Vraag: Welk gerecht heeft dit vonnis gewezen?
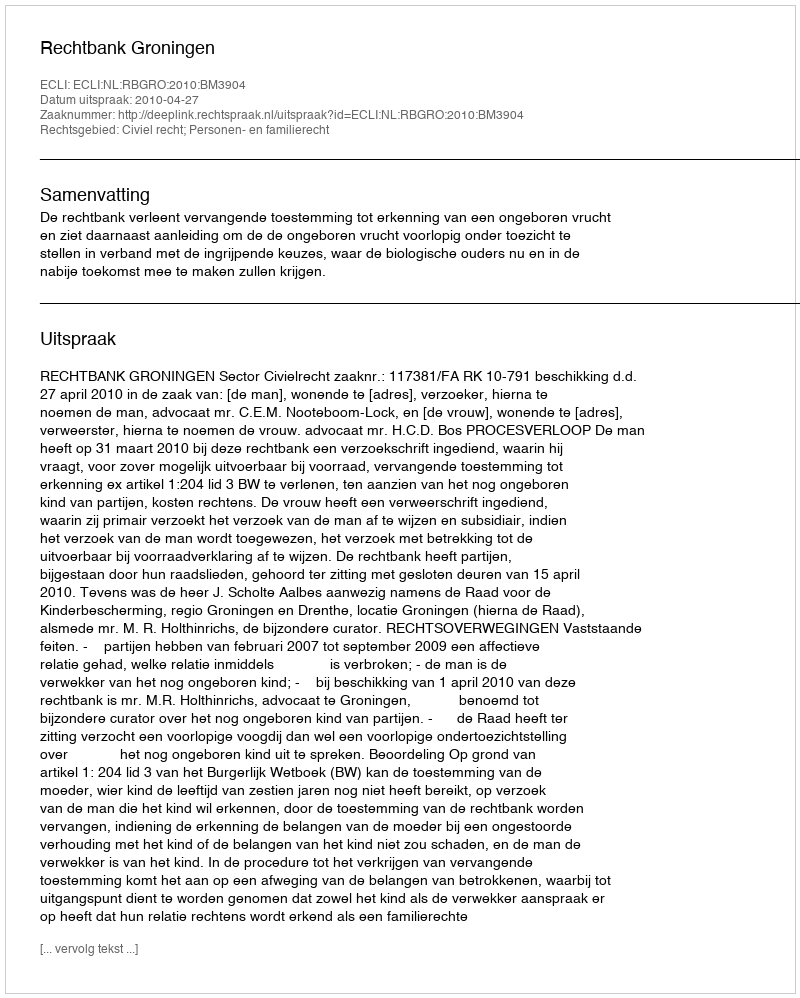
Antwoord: Rechtbank Groningen